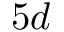
5 d